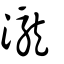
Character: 瀧